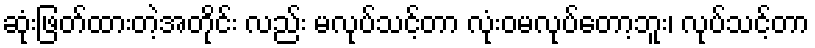
ဆုံးဖြတ်ထားတဲ့အတိုင်း လည်း မလုပ်သင့်တာ လုံးဝမလုပ်တော့ဘူး၊ လုပ်သင့်တာ